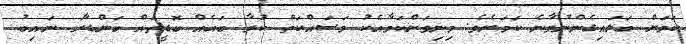
ކަމަށް ބަަލައިގެންނުވާނެ ކަމަށެވެ. މިނިވަންކަމާއެކު މަސައްކަތް ކުރާ ބައެއް ބޮޑީތައް ބަންޑާރަ ނައިބު